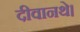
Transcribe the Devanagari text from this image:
दीवानथे।